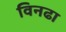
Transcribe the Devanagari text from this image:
विनढा